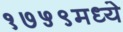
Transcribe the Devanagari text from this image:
१७५९मध्ये